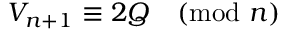
V _ { n + 1 } \equiv 2 Q { \pmod { n } }